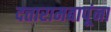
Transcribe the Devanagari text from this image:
दत्तारामबापूंना